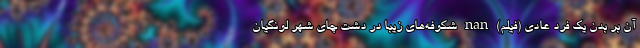
آن بر بدن یک فرد عادی (فیلم) nan شکوفه‌های زیبا در دشت چای شهر لونگیان